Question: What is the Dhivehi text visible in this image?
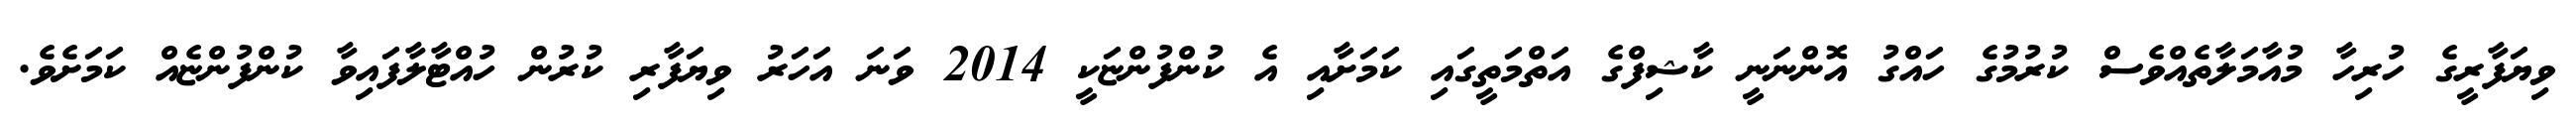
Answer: ވިޔަފާރީގެ ހުރިހާ މުއާމަލާތެއްވެސް ކުރުމުގެ ހައްގު އޮންނަނީ ކާޝިފްގެ އަތްމަތީގައި ކަމަށާއި އެ ކުންފުންޏަކީ 2014 ވަނަ އަހަރު ވިޔަފާރި ކުރުން ހުއްޓާލާފައިވާ ކުންފުންޏެއް ކަމަށެވެ.